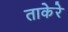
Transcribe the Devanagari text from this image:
ताकेरे